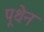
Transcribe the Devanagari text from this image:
पूथेन